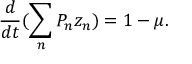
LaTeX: \frac { d } { d t } ( \sum _ { n } P _ { n } z _ { n } ) = 1 - \mu .